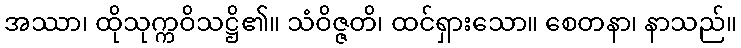
အဿာ၊ ထိုသုက္ကဝိသဋ္ဌိ၏။ သံဝိဇ္ဇတိ၊ ထင်ရှားသော။ စေတနာ၊ နာသည်။